Some observations on the morphology and mechanism of the parts in the orthorrapha - Number 58
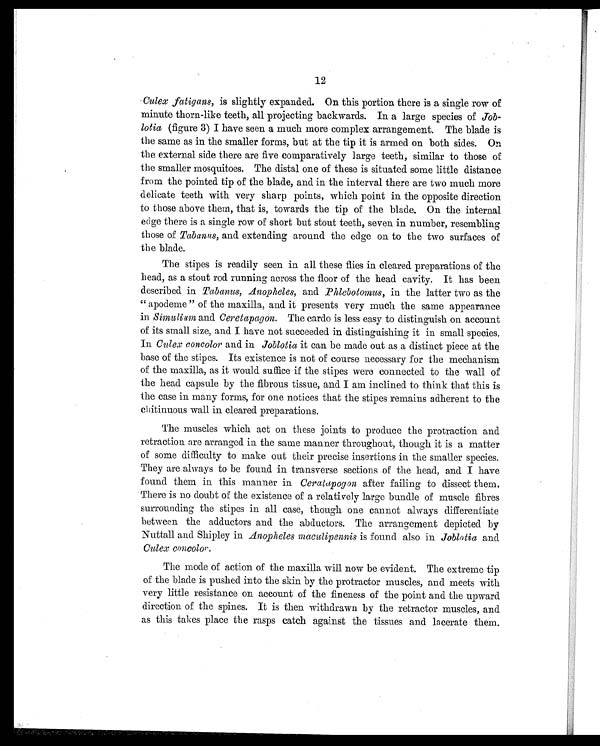
12
Culex fatigans, is slightly expanded. On this portion there is a single row of
minute thorn-like teeth, all projecting backwards. In a large species of Job-
lotia (figure 3) I have seen a much more complex arrangement. The blade is
the same as in the smaller forms, but at the tip it is armed on both sides. On
the external side there are five comparatively large teeth, similar to those of
the smaller mosquitoes. The distal one of these is situated some little distance
from the pointed tip of the blade, and in the interval there are two much more
delicate teeth with very sharp points, which point in the opposite direction
to those above them, that is, towards the tip of the blade. On the internal
edge there is a single row of short but stout teeth, seven in number, resembling
those of Tabanus, and extending around the edge on to the two surfaces of
the blade.
The stipes is readily seen in all these flies in cleared preparations of the
head, as a stout rod running across the floor of the head cavity. It has been
described in Tabanus, Anopheles, and Phlebotomus, in the latter two as the
" apodeme " of the maxilla, and it presents very much the same appearance
in Simulium and Ceretapagon. The cardo is less easy to distinguish on account
of its small size, and I have not succeeded in distinguishing it in small species.
In Culex concolor and in Joblotia it can be made out as a distinct piece at the
base of the stipes. Its existence is not of course necessary for the mechanism
of the maxilla, as it would suffice if the stipes were connected to the wall of
the head capsule by the fibrous tissue, and I am inclined to think that this is
the case in many forms, for one notices that the stipes remains adherent to the
chitinuous wall in cleared preparations.
The muscles which act on these joints to produce the protraction and
retraction are arranged in the same manner throughout, though it is a matter
of some difficulty to make out their precise insertions in the smaller species.
They are always to be found in transverse sections of the head, and I have
found them in this manner in Ceratapogon after failing to dissect them.
There is no doubt of the existence of a relatively large bundle of muscle fibres
surrounding the stipes in all case, though one cannot always differentiate
between the adductors and the abductors. The arrangement depicted by
Nuttall and Shipley in Anopheles maculipennis is found also in Joblotia and
Culex concolor.
The mode of action of the maxilla will now be evident. The extreme tip
of the blade is pushed into the skin by the protractor muscles, and meets with
very little resistance on account of the fineness of the point and the upward
direction of the spines. It is then withdrawn by the retractor muscles, and
as this takes place the rasps catch against the tissues and lacerate them.